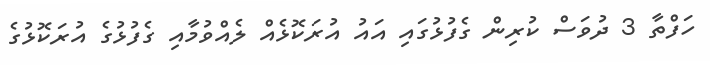
ހަފްތާ 3 ދުވަސް ކުރިން ގެފުޅުގައި އައު އުރަކޮޅެއް ލެއްވުމާއި ގެފުޅުގެ އުރަކޮޅުގެ